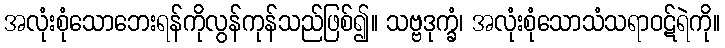
အလုံးစုံသောဘေးရန်ကိုလွန်ကုန်သည်ဖြစ်၍။ သဗ္ဗဒုက္ခံ၊ အလုံးစုံသောသံသရာဝဋ်ရဲကို။